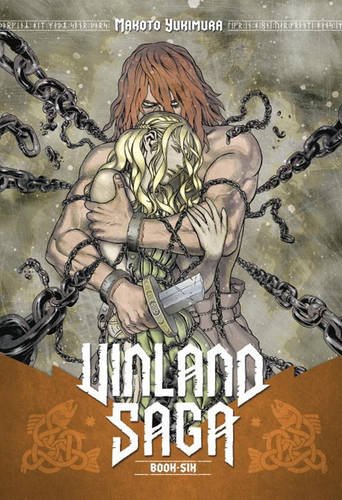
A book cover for Vinland Saga 6; Makoto Yukimura; Comics & Graphic Novels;